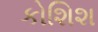
કોશિશ